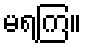
မရကြ။